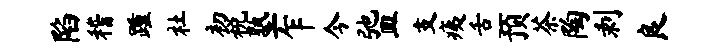
陷稽踵社初税塾乍今弛皿支痍舌预茶陶剥良